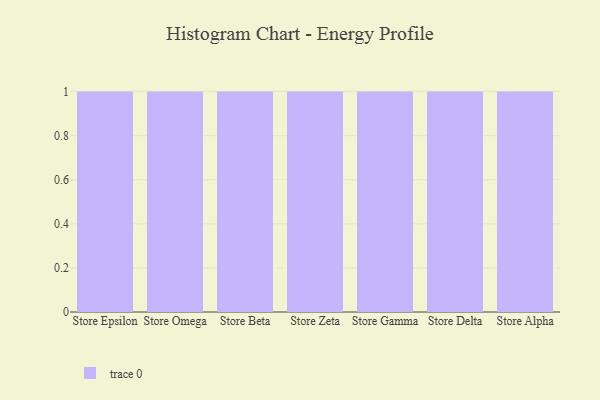
{"axis": {"x": "Store", "y": "Latency (ms)"}, "legend": [""], "data": [{"x": "Store Epsilon", "y": 91, "type": ""}, {"x": "Store Omega", "y": 55, "type": ""}, {"x": "Store Beta", "y": 48, "type": ""}, {"x": "Store Zeta", "y": 27, "type": ""}, {"x": "Store Gamma", "y": 73, "type": ""}, {"x": "Store Delta", "y": 44, "type": ""}, {"x": "Store Alpha", "y": 99, "type": ""}]}